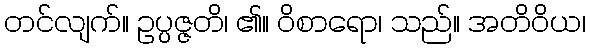
တင်လျက်။ ဥပ္ပဇ္ဇတိ၊ ၏။ ဝိစာရော၊ သည်။ အတိဝိယ၊